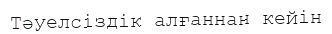
Тәуелсіздік алғаннан кейін